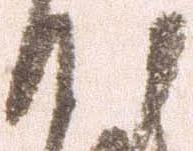
沙